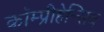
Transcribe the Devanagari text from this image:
कॉम्प्रीहेन्सिव